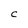
Character: C